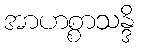
အာဟစ္စာသန္ဒိ